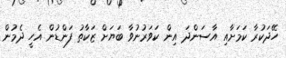
ހޭދަކުރާ ކަމަށާއި އާސަންދަ އިން ކަވަރުނުވާ ބަޔަށް ޒަކާތު ފަންޑުން އެހީ ދެމުން